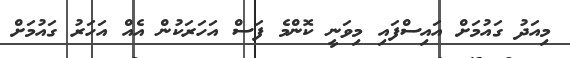
މިއަދު ގައުމަށް އައިސްފައި މިވަނީ ކޮންމެ ފަސް އަހަރަކުން އެއް އަހަރު ގައުމަށް